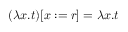
( \lambda x . t ) [ x : = r ] = \lambda x . t